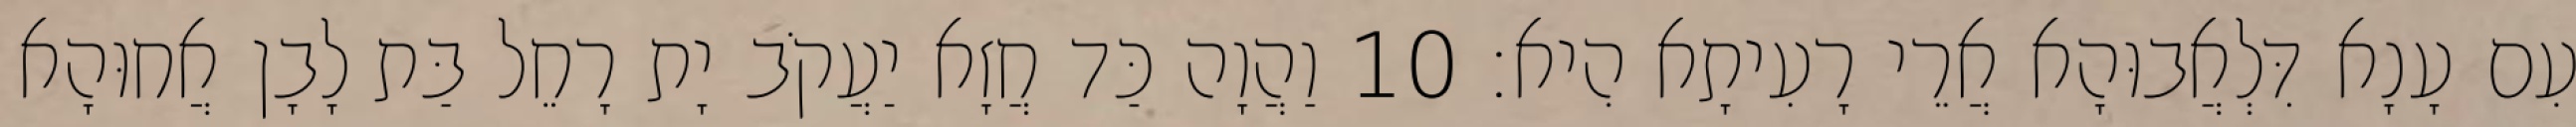
עִם עָנָא דִּלְאֲבוּהָא אֲרֵי רָעִיתָא הִיא׃ 10 וַהֲוָה כַּד חֲזָא יַעֲקֹב יָת רָחֵל בַּת לָבָן אֲחוּהָא